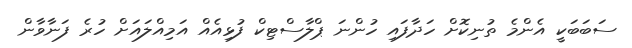
ސަބަބަކީ އެންމެ ތުނިކޮށް ހަދާފައި ހުންނަ ޕްލާސްޓިކް ފުޅިއެއް އަމިއްލައަށް ހުރެ ފަނާވާން